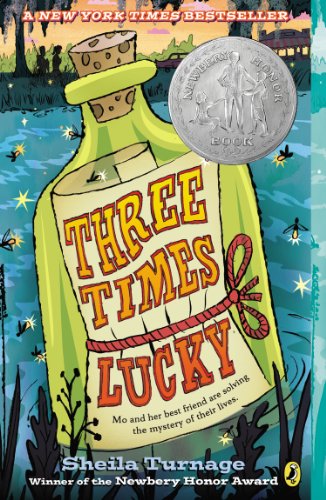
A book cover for Three Times Lucky; Sheila Turnage; Children's Books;